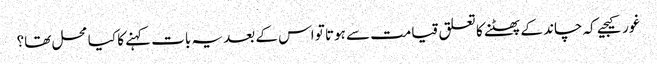
غور کیجیے کہ چاند کے پھٹنے کا تعلق قیامت سے ہوتا تو اس کے بعد یہ بات کہنے کا کیا محل تھا؟